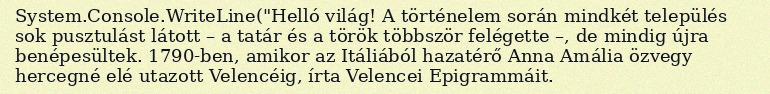
System.Console.WriteLine("Helló világ! A történelem során mindkét település sok pusztulást látott – a tatár és a török többször felégette –, de mindig újra benépesültek. 1790-ben, amikor az Itáliából hazatérő Anna Amália özvegy hercegné elé utazott Velencéig, írta Velencei Epigrammáit.